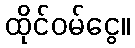
ထိုင်ဝမ်ငွေ။